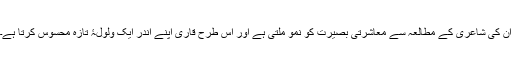
ان کی شاعری کے مطالعہ سے معاشرتی بصیرت کو نمو ملتی ہے اور اس طرح قاری اپنے اندر ایک ولولۂ تازہ محسوس کرتا ہے۔